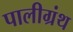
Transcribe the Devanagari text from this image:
पालीग्रंथ